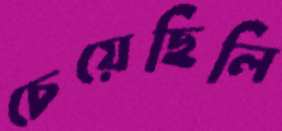
চেয়েছিলি